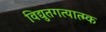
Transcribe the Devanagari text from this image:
विद्युतगत्यात्म्क